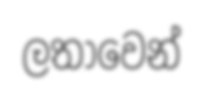
ලතාවෙන්